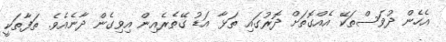
އެހެން ދުވަސްތަކޭ އެއްގޮތަށް ދޮރުގައި ތަޅާ އަޑު ގޭތެރެއިން އިވިގެން ދާނެއެވެ. ތަފާތަކީ